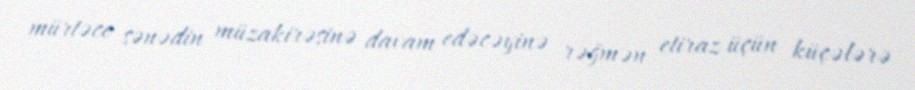
mürtəce sənədin müzakirəsinə davam edəcəyinə rəğmən etiraz üçün küçələrə